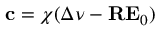
\mathbf { c } = \boldsymbol { \chi } ( \Delta \boldsymbol { \nu } - \mathbf { R } \mathbf { E } _ { 0 } )